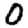
Digit: 0